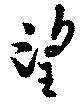
望